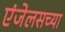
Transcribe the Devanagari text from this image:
एंजेलसच्या